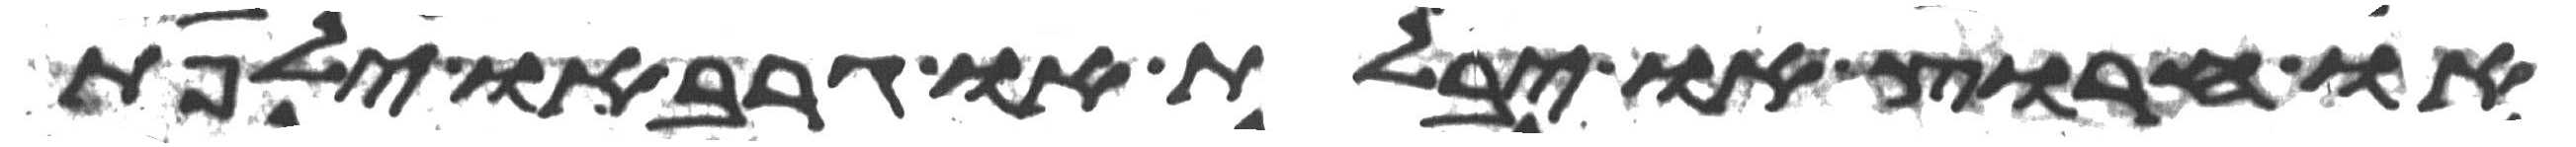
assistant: או חרוץ או יבלת או גרב או ילפת